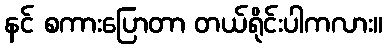
နင် စကားပြောတာ တယ်ရိုင်းပါကလား။